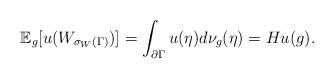
LaTeX: \begin{align*}\mathbb{E}_g[u(W_{\sigma_W(\Gamma)})]=\int_{\partial\Gamma}u(\eta)d\nu_g(\eta)=Hu(g).\end{align*}